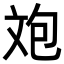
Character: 𣁈